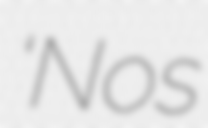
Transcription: ‘Nos